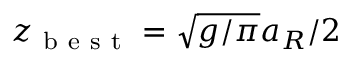
z _ { \mathrm { ~ b ~ e ~ s ~ t ~ } } = \sqrt { g / \pi } a _ { R } / 2